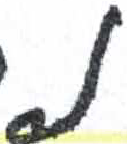
אות: נ